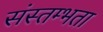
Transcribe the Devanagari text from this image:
संस्तम्भता